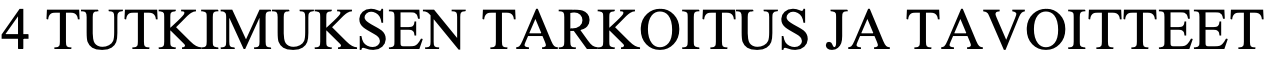
4 TUTKIMUKSEN   TARKOITUS  JA TAVOITTEET